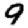
Digit: 9